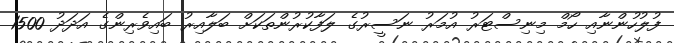
ފުލުހުންނާއި ހޯމް މިނިސްޓަރު އުމަރު ނަސީރުގެ ލަފާކުރުންތަކަށް ބަލާއިރު ބައިވެރިންގެ އަދަދު 1500